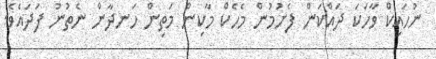
ނުހައިކް ވާހަކަ ދައްކަން ފެށުމުން މެހެކް މާކިން މަތިން ހަނދާން ނެތުނު ފަދައެވެ.